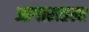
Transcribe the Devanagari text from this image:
आगारातला